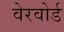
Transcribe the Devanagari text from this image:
वेरवोर्ड